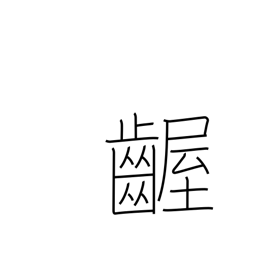
Meaning: fretful